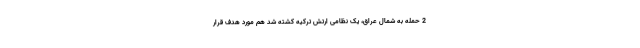
2 حمله به شمال عراق، یک نظامی ارتش ترکیه کشته شد هم مورد هدف قرار